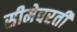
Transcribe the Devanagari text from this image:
सीमेवरती